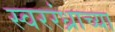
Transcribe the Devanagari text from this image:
स्वररंध्राच्या